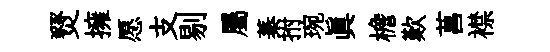
燹擁愿支剔屬蓁拊琬眞檐歎菖襟